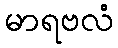
မာရဗလံ